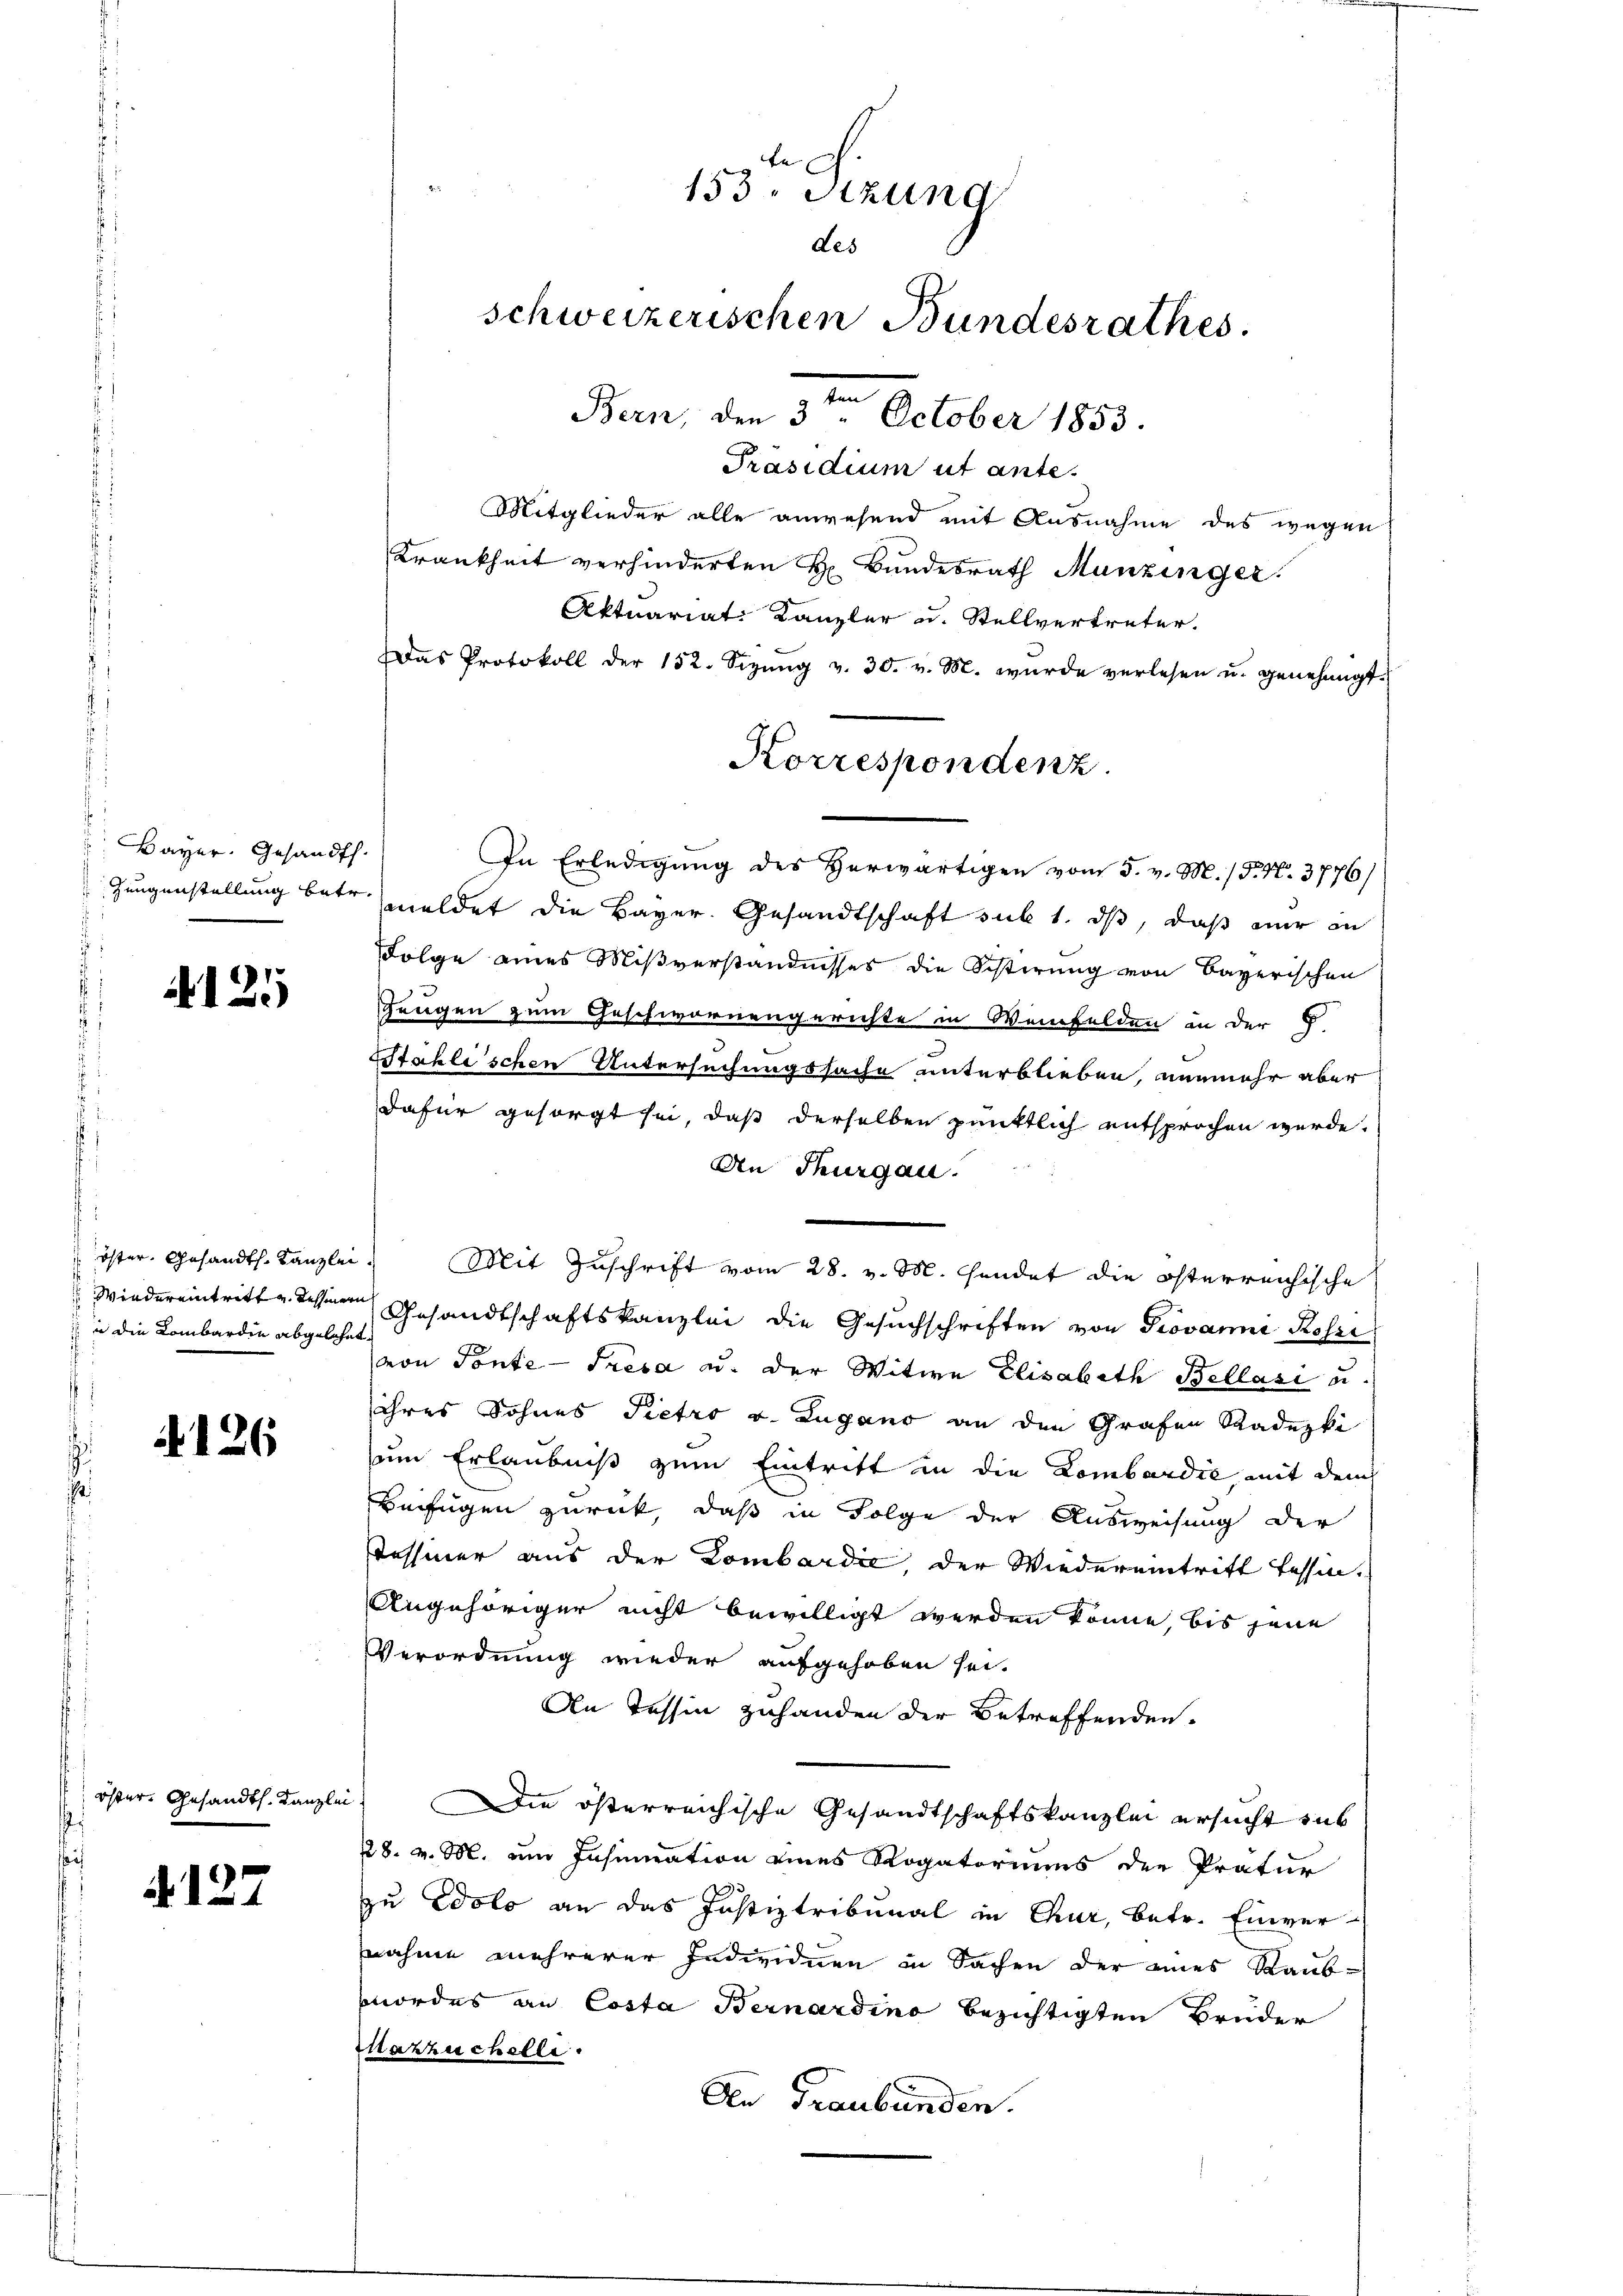
Bayer. Gesandth.

A125

Wiedereintritt u. Tessieren
 u die Lombardin abgelehnt

126

öster Gesandth. Kanzlei

A127

Mitglieder alle anwesend mit Ausnahme des wegen
Krankheit verhinderten H. Bundesrath Munzinger.
Aktuariat Kanzler u. Stellvertreter.
Das Protokoll der 152. Sizŭng v. 30. v. M. wurde verlesen u. genehmigt.
In Erledigung des Herwärtigen vom 5. v. M. / P. N. 3776)
Zeugenstellung betr. meldet die Bayer. Gesandtschaft sub 1. ds, daß mir in
Folge eines Mißverständnisses die Sistirung von Bayerischen
Zeugen zum Geschwornengerichte in Weinfelden in der B.
Stähli schen Untersuchungssache unterblieben, nunmehr aber
dafür gesorgt sei, daß derselben pünktlich entsprochen werde.
An Thurgau.
 öster. Gesandts. Kanzlei. Mit Zuschrift vom 28. v. M. hindet die österreichische
Gesandtschaftskanzlei die Gesŭchschriften von Giovanni Rossi
von Ponte - Tresa u. der Witwe Elisabeth Bellasi u.
ihres Sohnes Pietro v. Lugano an den Grafen Radezki
um Erlaubniß zum Eintritt in die Lombardie, mit dem
Beifügen zurück, daß in Folge der Ausweisung der
Pessiner aus der Lombardić, der Wiedereintritt fessin.
Angehöriger nicht bewilligt werden könne, bis jene
Verordnung wieder aufgehoben sei.
An Tessin zuhanden der Betreffenden.
Die österreichische Gesandtschaftskanzlei ersucht sub
28. v. M. um Insinuation eines Rogatoriums der Pratur
zu Edolo an das Justiztribunal in Chur, betr. Einver-
nahme mehrerer Individuen in Sachen der eines Raubmordes an Costa Bernardino bezichtigten Brüder
Mazzuchelle.
Den Graubünden.

te
153. Sitzung
des
schweizerischen Bundesrathes.
Bern, den 3te͇n October 1853.
Präsidium ut ante.

Korrespondenz.